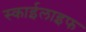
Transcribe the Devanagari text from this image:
स्काईलाइफ